system: You are a helpful assistant.
user:
Analyze the provided spectrum to determine if it is a **White Dwarf (WD)**.

A White Dwarf spectrum is defined by its **extreme purity** (due to gravitational settling) and/or **extreme pressure broadening** (due to high surface gravity). You must check for one of the following mutually exclusive signatures:

- **Key Visual Indicators (Check for ONE of these types):**

    - **1. DA-Type Signature (Most Common):**
        - **(Primary Feature):** Extreme pressure broadening (Stark broadening) of the **Hydrogen (H) Balmer lines**.
        - **(Key Lines):** $H\beta$ (approx. $4861$ Å) and $H\gamma$ (approx. $4340$ Å). $H\alpha$ (approx. $6563$ Å) will also be present if the wavelength range covers it.
        - **(Line Profile):** This is the **defining feature**. The lines are **NOT** sharp. They appear as massive, **extremely broad and deep "troughs" or "dips"** in the spectrum, often hundreds of Ångströms wide. The continuum will appear to "scoop" down at these wavelengths.
        - **(Distinction):** Normal A-type or B-type stars have *narrow* and *sharp* Hydrogen lines. A DA White Dwarf's lines are unmistakably "smeared" or "blurry" from pressure.

    - **2. DB-Type Signature:**
        - **(Primary Feature):** Broad absorption lines from **Neutral Helium (He I)**. The spectrum must lack any visible Hydrogen lines.
        - **(Key Lines):** Look for broad absorption near $4471$ Å, $4921$ Å, and $5876$ Å.
        - **(Line Profile):** These lines are also significantly pressure-broadened, appearing much wider than they would in a normal B-type main-sequence star.

    - **3. DC-Type Signature:**
        - **(Primary Feature):** A **featureless continuous spectrum**.
        - **(Line Profile):** The spectrum is a smooth curve with **no significant absorption or emission lines**.
        - **(Key Confirmation):** The continuum is almost always **blue or white**, indicating a hot object. This signature implies the atmosphere is so pure (or so cool) that no spectral lines are visible in the optical range. Its WD identity is confirmed by its extremely low intrinsic brightness (high absolute magnitude).

    - **4. DZ-Type Signature (Metal-Polluted):**
        - **(Primary Feature):** **Isolated, narrow metal absorption lines** on an otherwise featureless (DC-like) continuum.
        - **(Key Lines):** The **Calcium (Ca II) H & K doublet** (approx. **$3934$ Å** and **$3968$ Å**) is the most common and defining feature.
        - **(Line Profile):** These lines are "out of place." They are *not* part of a "forest" of thousands of lines. This signature is evidence of recent *accretion* (pollution) from rocky debris.
        - **(Distinction):** Normal G/K/M stars have a *dense forest* of thousands of metal lines. A DZ has a *clean* continuum with *only a few* strong metal lines.

    - **5. DQ-Type Signature (Carbon-Polluted):**
        - **(Primary Feature):** Absorption bands from **Carbon (C₂ "Swan Bands" or atomic C I)**.
        - **(Key Lines - C₂):** Look for bandheads with a "saw-tooth" shape near $5635$ Å, **$5165$ Å** (strongest), and $4737$ Å.
        - **(Key Confirmation):** The underlying **continuum must be blue or white** (hot).
        - **(Distinction):** This is the critical difference from a **Carbon Star**, which has the *exact same* C₂ bands but on an extremely **red, cool** continuum.

- **(Overall Spectrum):**
    - The continuum (overall shape) is typically **blue-sloping** (brighter in the blue than the red), as most white dwarfs are very hot.
    - The spectrum will look "pure" or "simple," dominated by only *one* of the five signatures listed above.

Think first, call **spectral_visualization_tool** if needed to examine features in detail, then provide your final answer. Your response must adhere to the following strict rules:
1.  **Overall Structure:** Your response must follow the format `<think>...</think> <tool_call>...</tool_call> (if a tool is used) <answer>...</answer>`.
2.  **Tool Usage Constraint:** You may only make **one** tool call per turn.
3.  **Final Answer Format:** In the `<answer>` tag, your conclusion must be inside a `\boxed{}` command (e.g., `\boxed{YES}` or `\boxed{NO}`), followed by your justification.

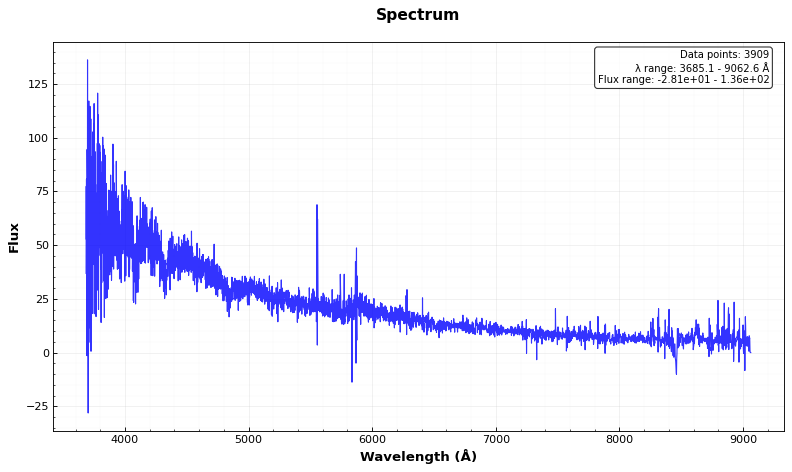
Answer: YES